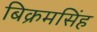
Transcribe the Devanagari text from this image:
बिक्रमसिंह